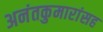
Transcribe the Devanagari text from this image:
अनंतकुमारांसह